Leaving Certificate Examination (including Day School Certificate (Higher) General paper), 1936
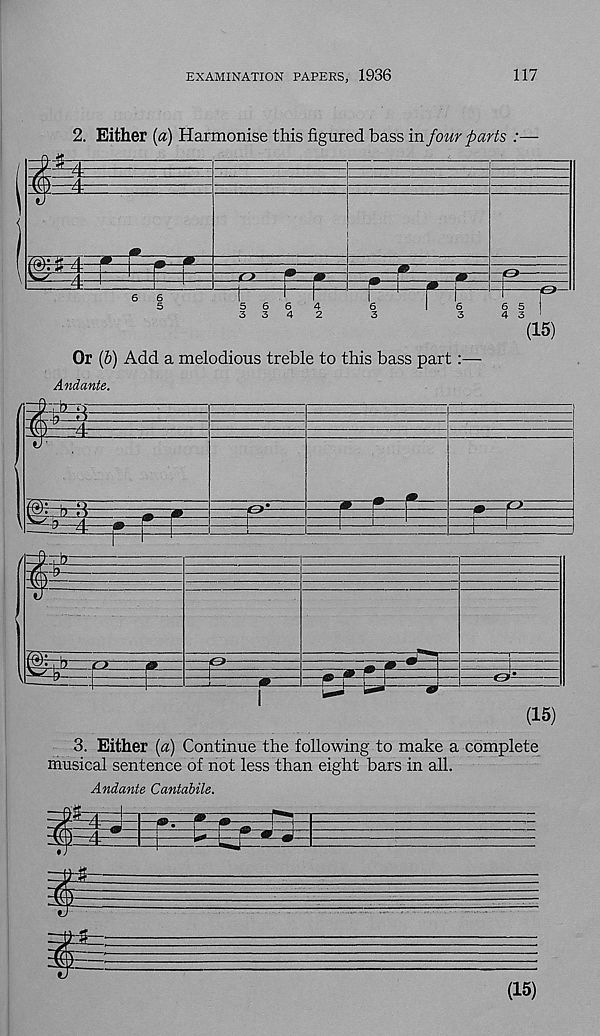
EXAMINATION PAPERS, 1936
117
2. Either [a) Harmonise this figured bass in four parts :—
(15)
Or (b) Add a melodious treble to this bass part:—
Andante.
3. Either (a) Continue the following to make a complete
musical sentence of not less than eight bars in all.
Andante Cantabile.
(15)